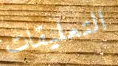
التعليقات